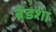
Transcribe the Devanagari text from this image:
ब्रेडशा